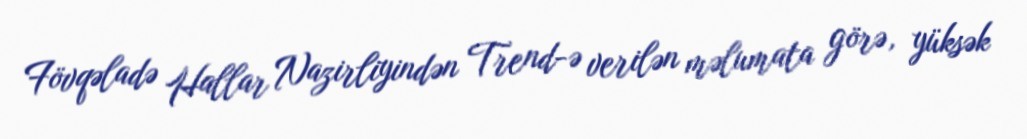
Fövqəladə Hallar Nazirliyindən Trend-ə verilən məlumata görə, yüksək